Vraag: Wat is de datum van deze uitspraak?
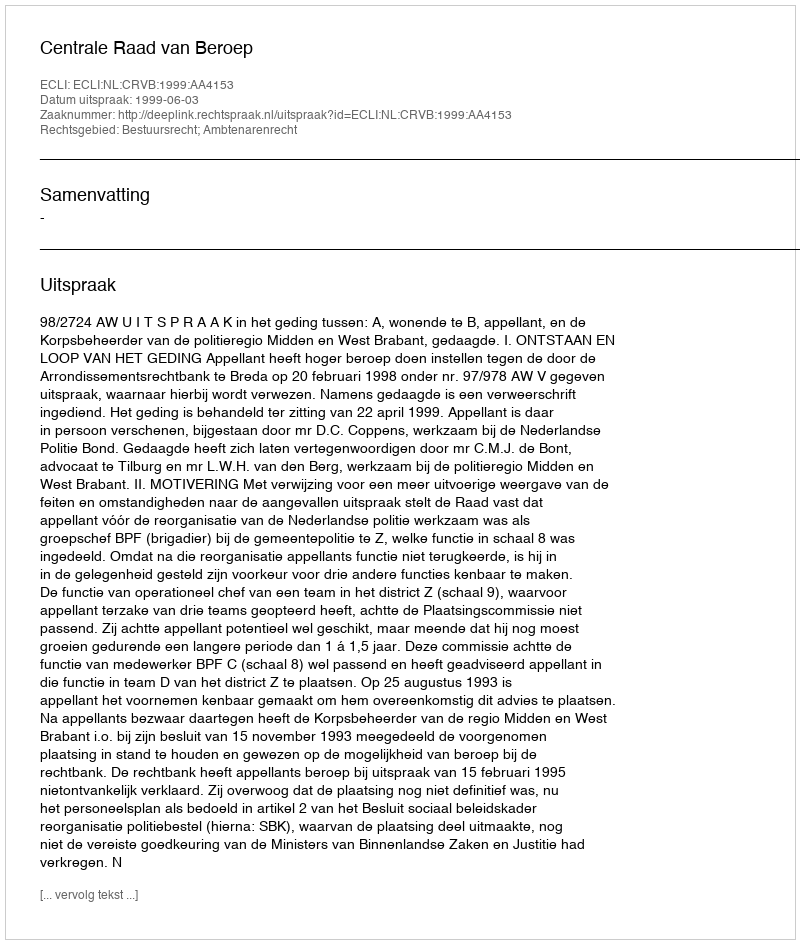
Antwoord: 1999-06-03